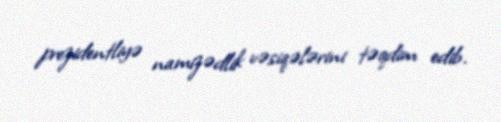
prezidentliyə namizədlik vəsiqələrini təqdim edib.